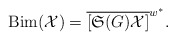
\begin{align*}\mathrm{Bim}(\mathcal{X})=\overline{[\mathfrak{S}(G)\mathcal{X}]}^{w^*}.\end{align*}